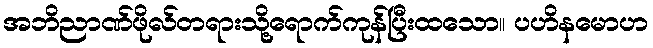
အဘိညာဏ်ဖိုလ်တရားသို့ရောက်ကုန်ပြီးထသော။ ပဟိနမောဟ